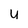
Character: u